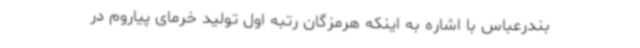
بندرعباس با اشاره به اینکه هرمزگان رتبه اول تولید خرمای پیاروم در